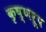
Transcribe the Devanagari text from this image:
कृष्णरूप